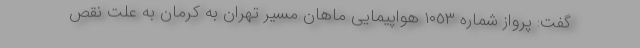
گفت: پرواز شماره ١٠٥٣ هواپیمایی ماهان مسیر تهران به کرمان به علت نقص